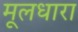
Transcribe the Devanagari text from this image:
मूलधारा